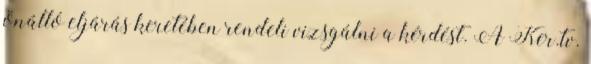
önálló eljárás keretében rendeli vizsgálni a kérdést. A Ker.tv.